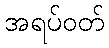
အရပ်ဝတ်